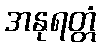
အနုရတ္တံ